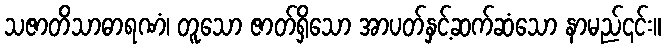
သဇာတိသာဓာရဏံ၊ တူသော ဇာတ်ရှိသော အာပတ်နှင့်ဆက်ဆံသော နာမည်၎င်း။